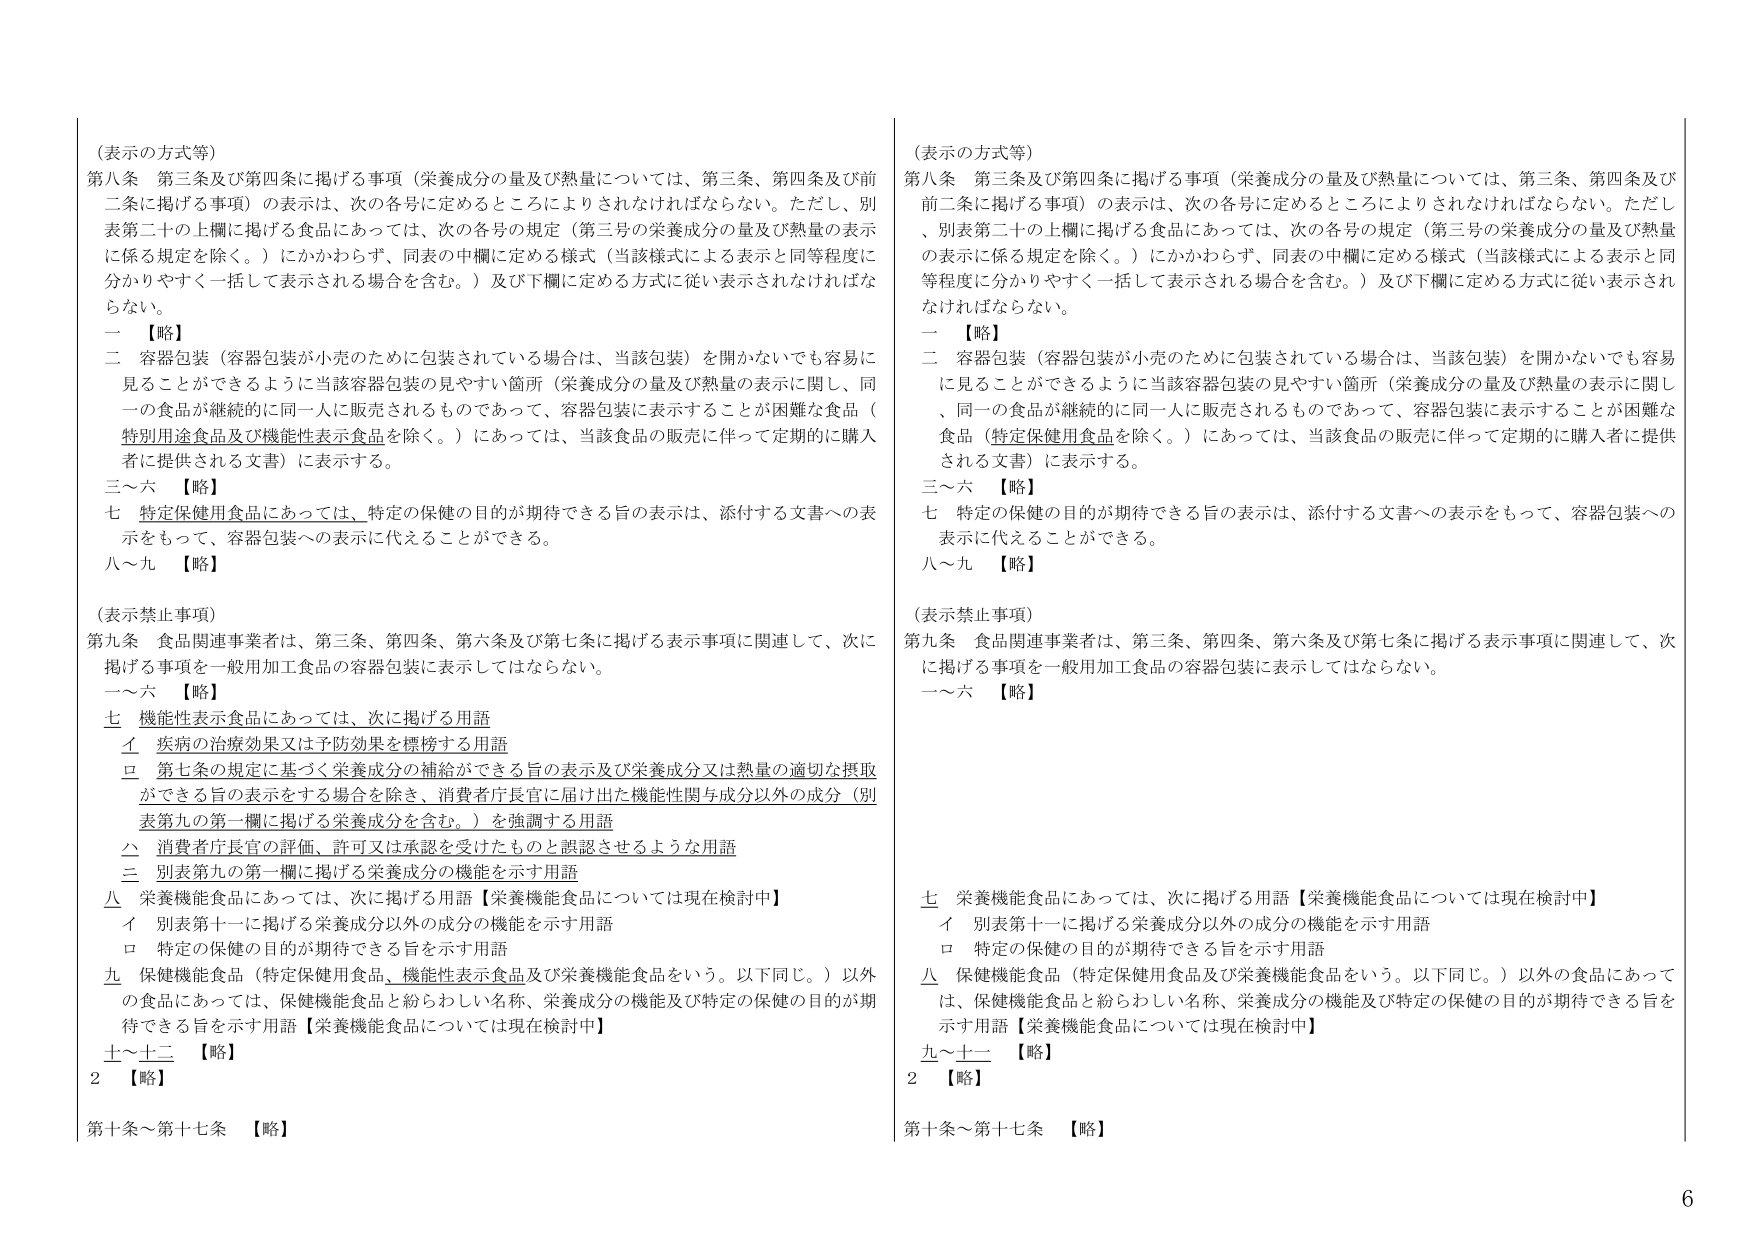
（表示の方式等）
第八条 第三条及び第四条に掲げる事項（栄養成分の量及び熱量については、第三条、第四条及び前二条に掲げる事項）の表示は、次の各号に定めるところによりされなければならない。ただし、別表第二十の上欄に掲げる食品にあっては、次の各号の規定（第三号の栄養成分の量及び熱量の表示に係る規定を除く。）にかかわらず、同表の中欄に定める様式（当該様式による表示と同等程度に分かりやすく一括して表示される場合を含む。）及び下欄に定める方式に従い表示されなければならない。
一 【略】
二 容器包装（容器包装が小売のために包装されている場合は、当該包装）を開かないでも容易に見ることができるように当該容器包装の見やすい箇所（栄養成分の量及び熱量の表示に関し、同一の食品が継続的に同一人に販売されるものであって、容器包装に表示することが困難な食品（特別用途食品及び機能性表示食品を除く。）にあっては、当該食品の販売に伴って定期的に購入者に提供される文書）に表示する。
三～六 【略】
七 特定保健用食品にあっては、特定の保健の目的が期待できる旨の表示は、添付する文書への表示をもって、容器包装への表示に代えることができる。
八～九 【略】

（表示禁止事項）
第九条 食品関連事業者は、第三条、第四条、第六条及び第七条に掲げる表示事項に関連して、次に掲げる事項を一般用加工食品の容器包装に表示してはならない。
一～六 【略】
七 機能性表示食品にあっては、次に掲げる用語
　イ 疾病の治療効果又は予防効果を標榜する用語
　ロ 第七条の規定に基づく栄養成分の補給ができる旨の表示及び栄養成分又は熱量の適切な摂取ができる旨の表示をする場合を除き、消費者庁長官に届け出た機能性関与成分以外の成分（別表第九の第一欄に掲げる栄養成分を含む。）を強調する用語
　ハ 消費者庁長官の評価、許可又は承認を受けたものと誤認させるような用語
　ニ 別表第九の第一欄に掲げる栄養成分の機能を示す用語
八 栄養機能食品にあっては、次に掲げる用語【栄養機能食品については現在検討中】
　イ 別表第十一に掲げる栄養成分以外の成分の機能を示す用語
　ロ 特定の保健の目的が期待できる旨を示す用語
九 保健機能食品（特定保健用食品、機能性表示食品及び栄養機能食品をいう。以下同じ。）以外の食品にあっては、保健機能食品と紛らわしい名称、栄養成分の機能及び特定の保健の目的が期待できる旨を示す用語【栄養機能食品については現在検討中】
十～十二 【略】
2 【略】
第十条～第十七条 【略】

（表示の方式等）
第八条 第三条及び第四条に掲げる事項（栄養成分の量及び熱量については、第三条、第四条及び前二条に掲げる事項）の表示は、次の各号に定めるところによりされなければならない。ただし、別表第二十の上欄に掲げる食品にあっては、次の各号の規定（第三号の栄養成分の量及び熱量の表示に係る規定を除く。）にかかわらず、同表の中欄に定める様式（当該様式による表示と同等程度に分かりやすく一括して表示される場合を含む。）及び下欄に定める方式に従い表示されなければならない。
一 【略】
二 容器包装（容器包装が小売のために包装されている場合は、当該包装）を開かないでも容易に見ることができるように当該容器包装の見やすい箇所（栄養成分の量及び熱量の表示に関し、同一の食品が継続的に同一人に販売されるものであって、容器包装に表示することが困難な食品（特定保健用食品を除く。）にあっては、当該食品の販売に伴って定期的に購入者に提供される文書）に表示する。
三～六 【略】
七 特定の保健の目的が期待できる旨の表示は、添付する文書への表示をもって、容器包装への表示に代えることができる。
八～九 【略】

（表示禁止事項）
第九条 食品関連事業者は、第三条、第四条、第六条及び第七条に掲げる表示事項に関連して、次に掲げる事項を一般用加工食品の容器包装に表示してはならない。
一～六 【略】
七 栄養機能食品にあっては、次に掲げる用語【栄養機能食品については現在検討中】
　イ 別表第十一に掲げる栄養成分以外の成分の機能を示す用語
　ロ 特定の保健の目的が期待できる旨を示す用語
八 保健機能食品（特定保健用食品及び栄養機能食品をいう。以下同じ。）以外の食品にあっては、保健機能食品と紛らわしい名称、栄養成分の機能及び特定の保健の目的が期待できる旨を示す用語【栄養機能食品については現在検討中】
九～十二 【略】
2 【略】
第十条～第十七条 【略】

6